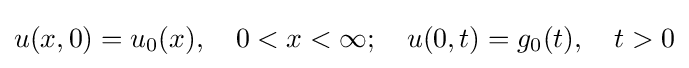
u(x,0)=u_{0}(x),\quad 0<x<\infty ;\quad u(0,t)=g_{0}(t),\quad t>0